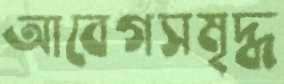
আবেগসমৃদ্ধ